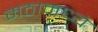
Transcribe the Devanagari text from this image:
मठामध्ये